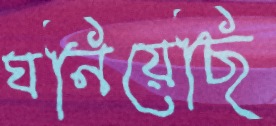
ঘনিয়েছি